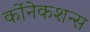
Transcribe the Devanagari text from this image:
कोंनेकशन्स